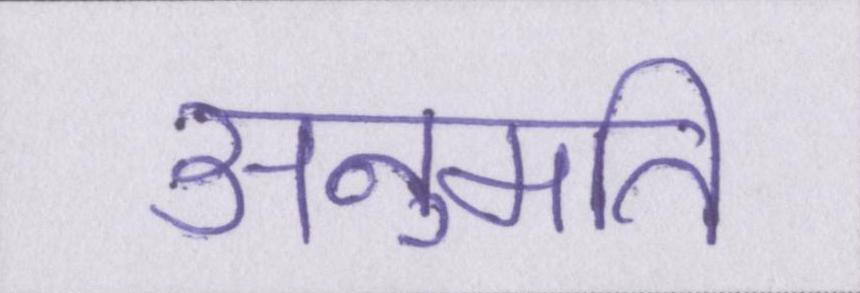
अनुमति